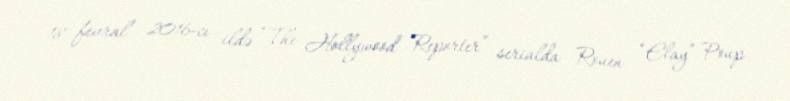
18 fevral 2016-cı ildə “The Hollywood Reporter” serialda Rouen “Elay” Poup